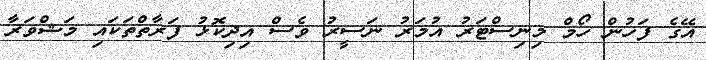
އޭގެ ފަހުން ހޯމް މިނިސްޓަރު އުމަރު ނަސީރު ވެސް އިދިކޮޅު ފަރާތްތަކައި މަޝްވަރާ